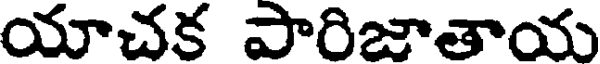
యాచక పారిజాతాయ